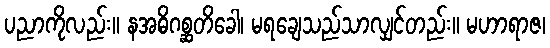
ပညာကိုလည်း။ နအဓိဂစ္ဆတိခေါ၊ မရချေသည်သာလျှင်တည်း။ မဟာရာဇ၊